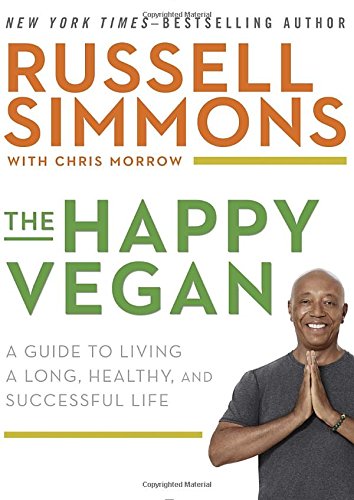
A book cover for The Happy Vegan: A Guide to Living a Long, Healthy, and Successful Life; Russell Simmons; Cookbooks, Food & Wine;